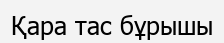
Қара тас бұрышы